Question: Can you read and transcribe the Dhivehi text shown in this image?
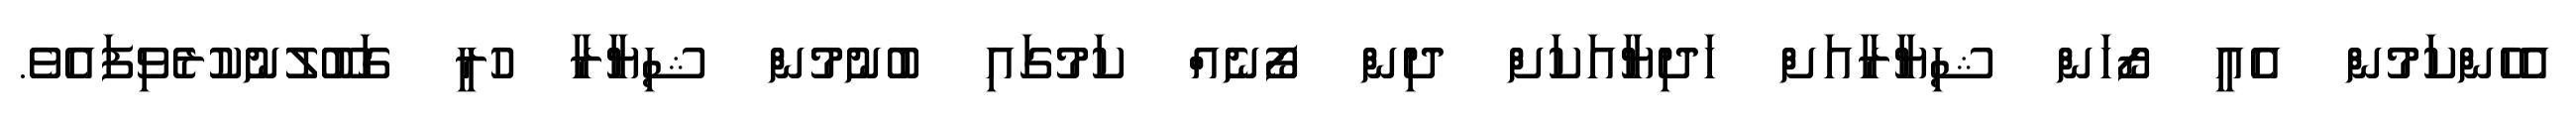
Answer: އެހެންކަމުން އެއީ ޒޯހަން ޝިޔާރާއަށް ހަދިޔާއަކަށް ދިން ފޯނެއް ކަމުގައި ބުނުމުން ޝިޔާރާ ހުރީ ގަބޫލުނުކުރެވިފައެވެ.